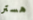
هستر